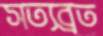
সত্যব্রত